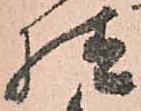
様